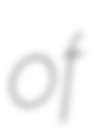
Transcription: of